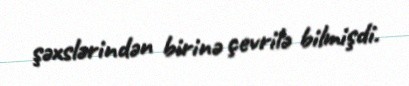
şəxslərindən birinə çevrilə bilmişdi.